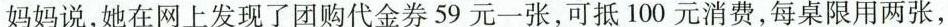
妈妈说，她在网上发现了团购代金券59元一张，可抵100元消费，每桌限用两张，